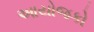
આયોજકો